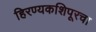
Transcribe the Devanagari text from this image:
हिरण्यकशिपूरचा